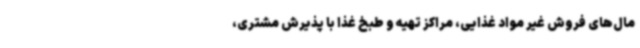
مال‌های فروش غیر مواد غذایی، مراکز تهیه و طبخ غذا با پذیرش مشتری،